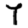
Digit: 7